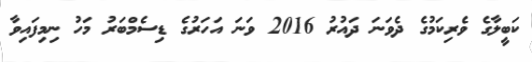
ކަބީލާގެ ވެރިކަމުގެ ދެވަނަ ދައުރު 2016 ވަނަ އަހަރުގެ ޑިސެމްބަރު މަހު ނިމިފައިވާ